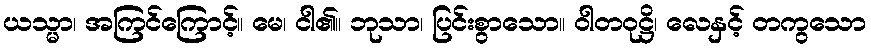
ယသ္မာ၊ အကြင်ကြောင့်။ မေ၊ ငါ၏။ ဘုသာ၊ ပြင်းစွာသော။ ဝါတဝုဋ္ဌိ၊ လေနှင့် တကွသော